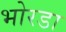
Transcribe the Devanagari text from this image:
भोरडा